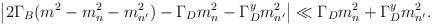
\begin{align*}\left| 2\Gamma _B(m^2-m_n^2-m_{n^{\prime }}^2)-\Gamma _Dm_n^2-\Gamma_D^ym_{n^{\prime }}^2\right| \ll \Gamma _Dm_n^2+\Gamma _D^ym_{n^{\prime }}^2.\end{align*}